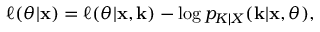
\ell ( \theta | \mathbf x ) = \ell ( \theta | \mathbf x , \mathbf k ) - \log p _ { K | X } ( \mathbf k | \mathbf x , \theta ) ,